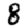
Digit: 8